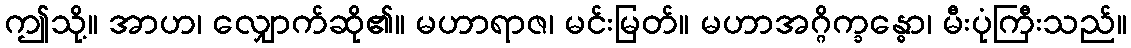
ဤသို့။ အာဟ၊ လျှောက်ဆို၏။ မဟာရာဇ၊ မင်းမြတ်။ မဟာအဂ္ဂိက္ခန္ဓော၊ မီးပုံကြီးသည်။